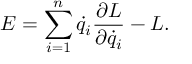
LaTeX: E = \sum _ { i = 1 } ^ { n } { \dot { q } } _ { i } { \frac { \partial L } { \partial { \dot { q } } _ { i } } } - L .